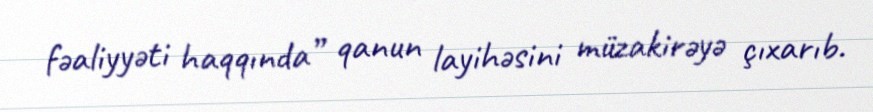
fəaliyyəti haqqında” qanun layihəsini müzakirəyə çıxarıb.